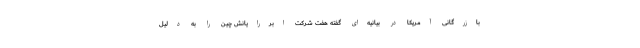
بازرگانی آمریکا در بیانیه‌ای گفته هفت شرکت ابررایانش چین را به دلیل